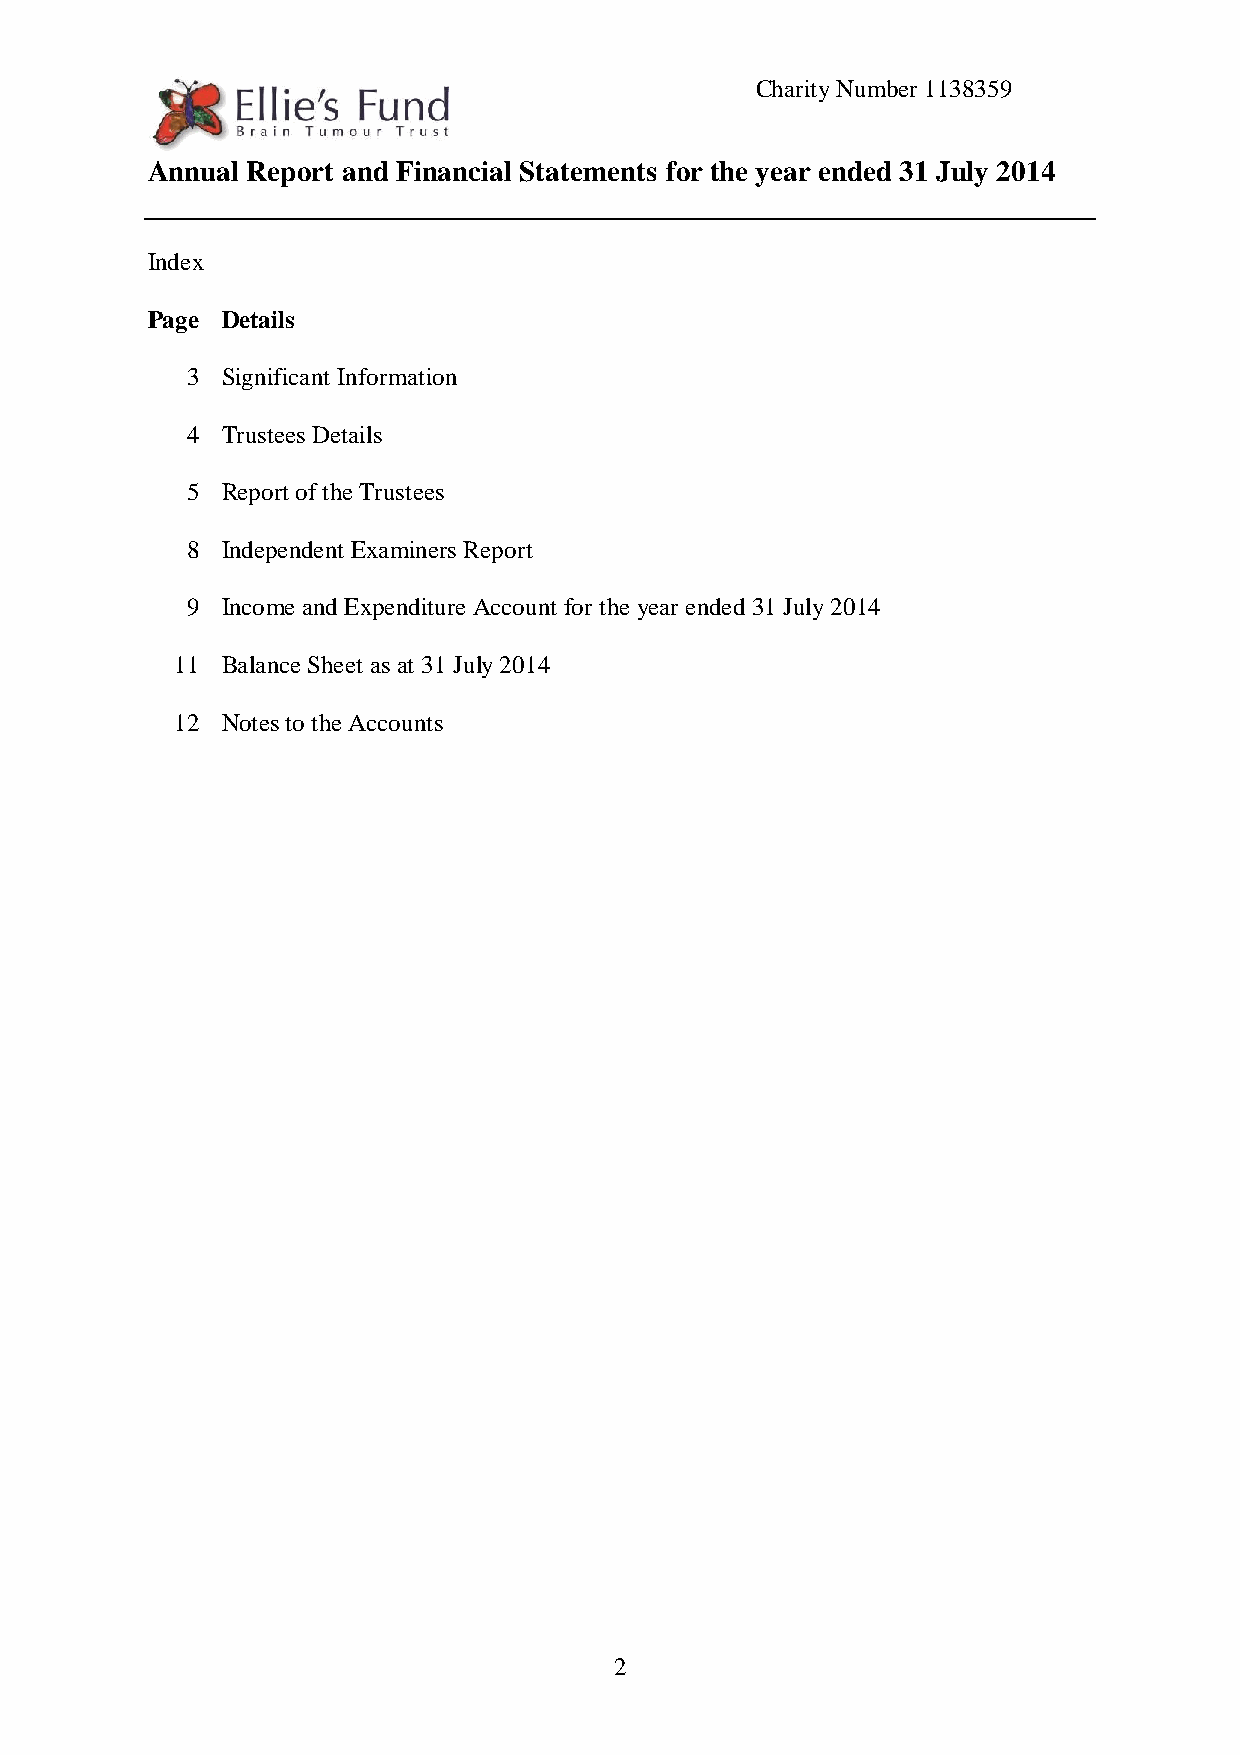
Charity Number 1138359
 Annual Report and Financial Statements for the year ended 31 July 2014
 Index
 Page Details
 3  Significant Information
 4  Trustees Details
 5  Report of the Trustees
 8  Independent Examiners Report
 9  Income and Expenditure Account for the year ended 31 July 2014
 11 Balance Sheet as at 31 July 2014
 12 Notes to the Accounts
 2